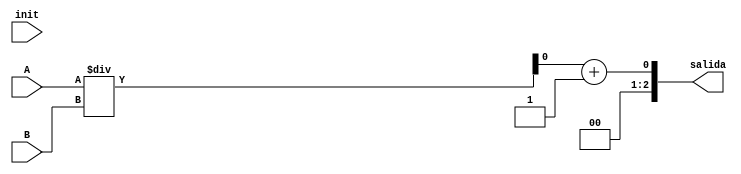
`timescale 1ns / 1ps
//////////////////////////////////////////////////////////////////////////////////
// Company: 
// Engineer: 
// 
// Design Name: 
// Module Name: divisor
// Project Name: 
// Target Devices: 
// Tool Versions: 
// Description: 
// 
// Dependencies: 
// 
// Revision:
// Revision 0.01 - File Created
// Additional Comments:
// 
//////////////////////////////////////////////////////////////////////////////////


module divisor(
    input [2:0] A,
    input [2:0] B,
    output  [2:0] salida,
    input init
    );
    wire result;
    assign salida=result;
    assign result= A/B+1;
endmodule